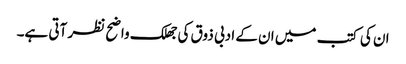
ان کی کتب میں ان کے ادبی ذوق کی جھلک واضح نظر آتی ہے۔